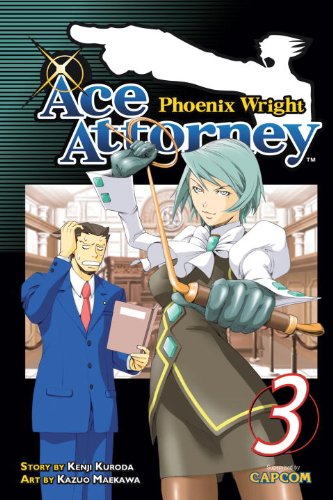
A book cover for Phoenix Wright: Ace Attorney 3; Kenji Kuroda; Comics & Graphic Novels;